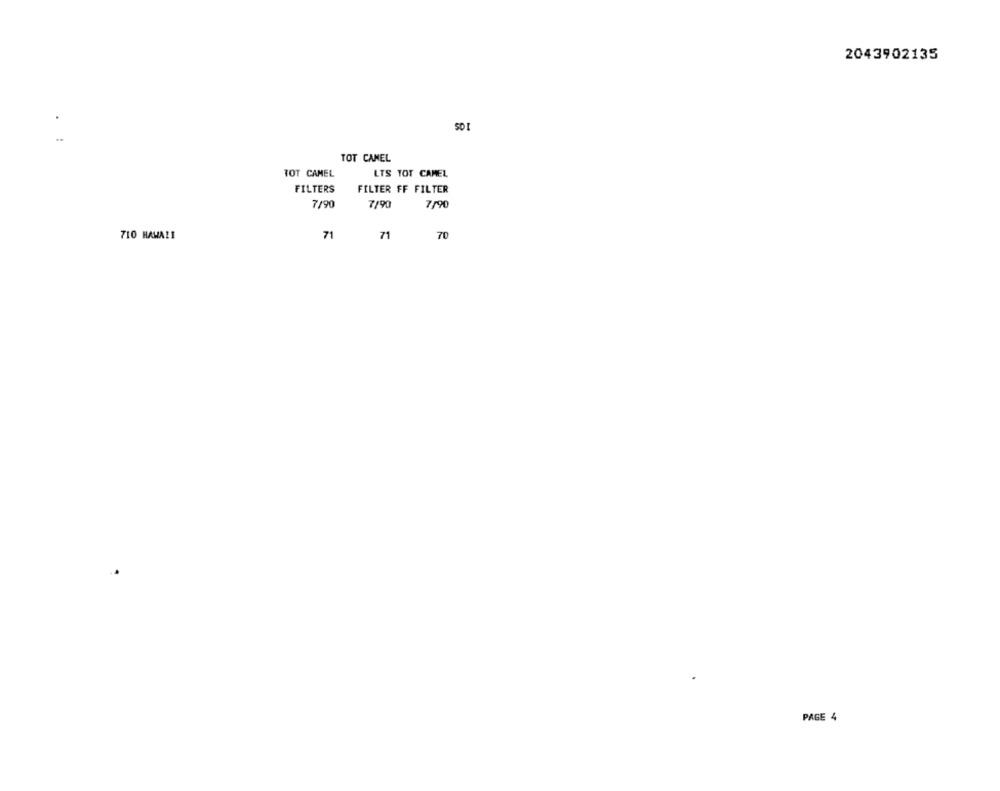
2043902135
. :
TOT CAMEL
TOT CAMEL
LTS TOT CAMEL
FILTERS
FILTER FF FILTER
7/90
7/90
7/90
710 HAWAII
71
71
70
PAGE 4